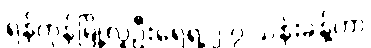
ရန်ကုန်မြို့လူဦးရေရဲ့ ၂.၇ သန်းခန့်ဟာ